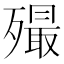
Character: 𣩡